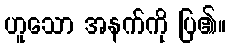
ဟူသော အနက်ကို ပြ၏။